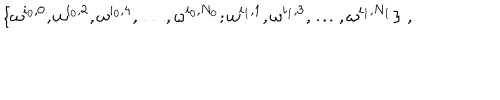
LaTeX: \{ \omega ^ { i _ { 0 } , 0 } , \omega ^ { i _ { 0 } , 2 } , \omega ^ { i _ { 0 } , 4 } , \ldots , \omega ^ { i _ { 0 } , N _ { 0 } } ; \omega ^ { i _ { 1 } , 1 } , \omega ^ { i _ { 1 } , 3 } , \ldots , \omega ^ { i _ { 1 } , N _ { 1 } } \} \; ,